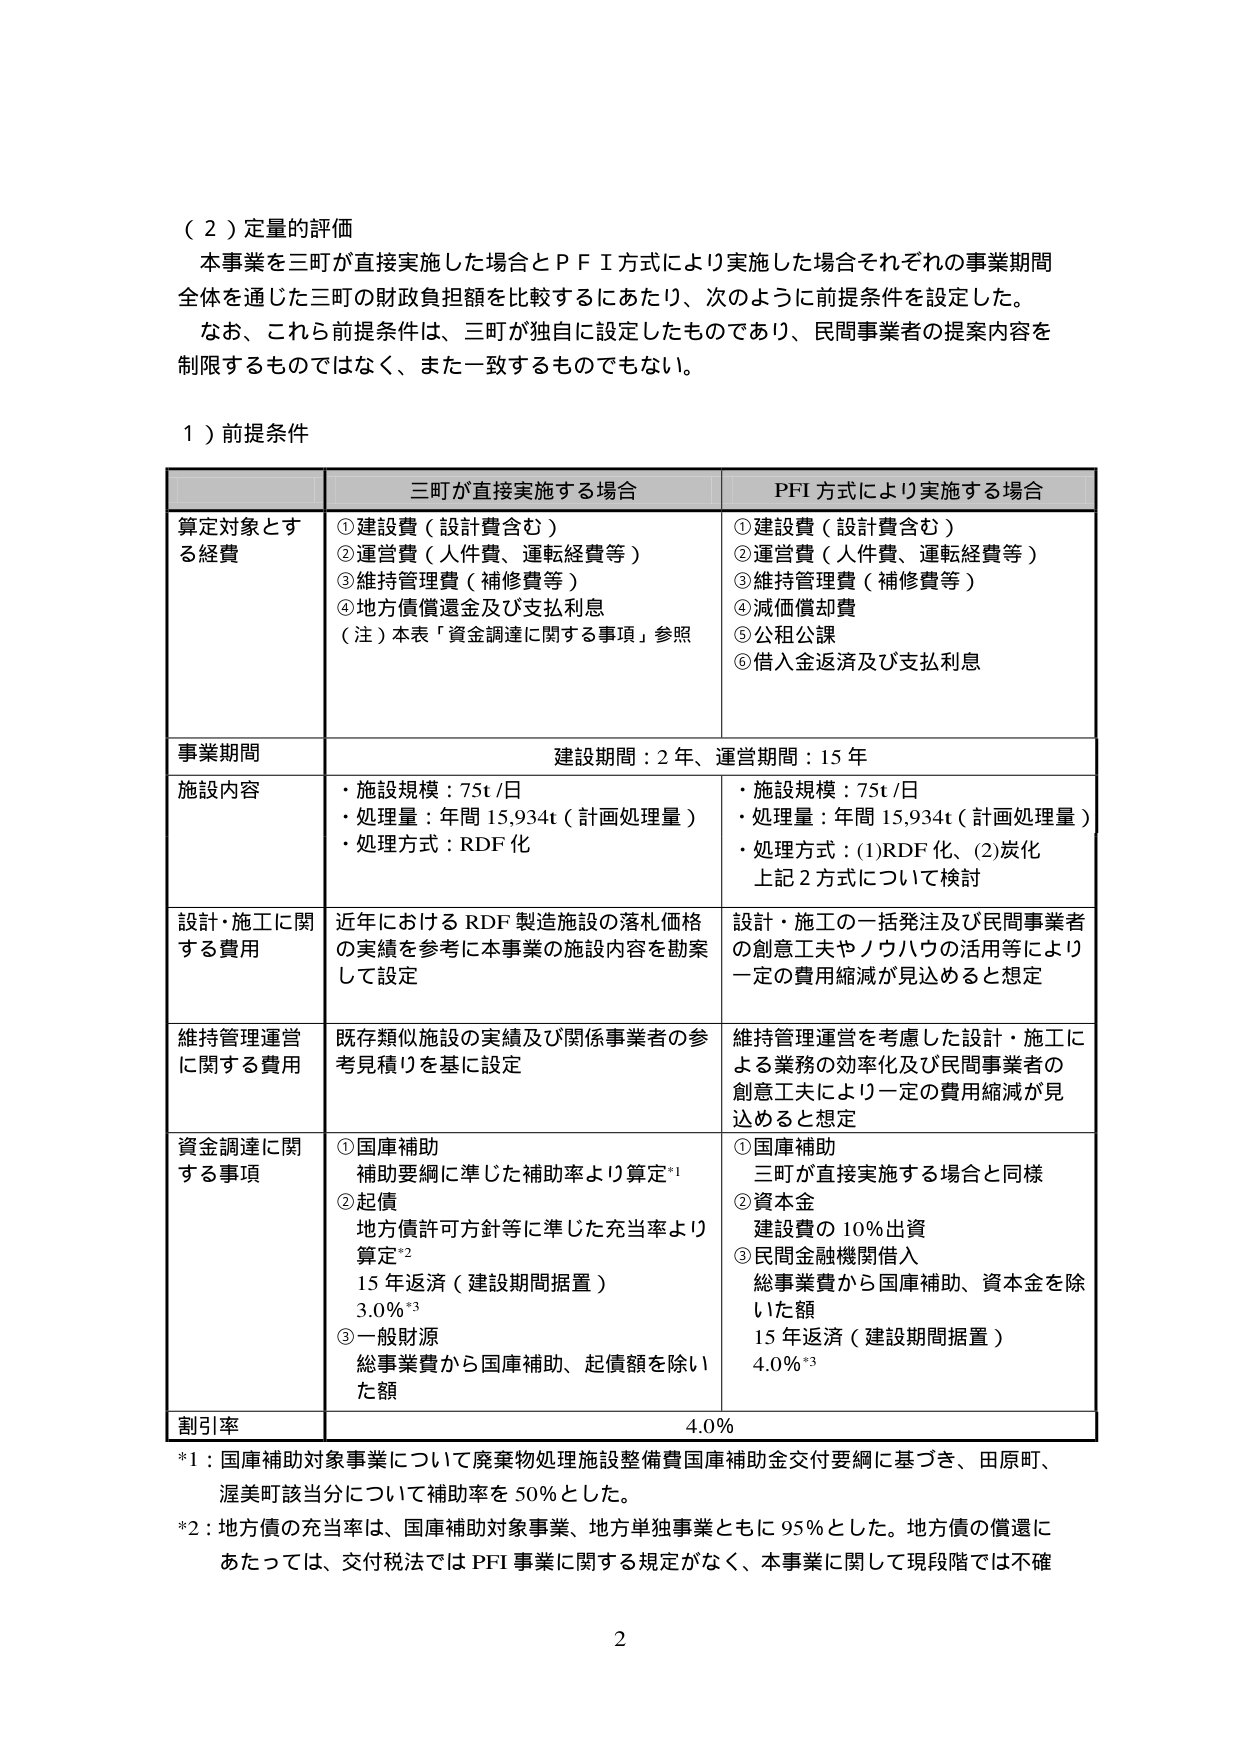
（２）定量的評価
本事業を三町が直接実施した場合とＰＦＩ方式により実施した場合それぞれの事業期間全体を通じた三町の財政負担額を比較するにあたり、次のように前提条件を設定した。
なお、これら前提条件は、三町が独自に設定したものであり、民間事業者の提案内容を制限するものではなく、また一致するものでもない。

１）前提条件

| | 三町が直接実施する場合 | PFI方式により実施する場合 |
|---|---|---|
| 算定対象とする経費 | ①建設費（設計費含む）<br>②運営費（人件費、運転経費等）<br>③維持管理費（補修費等）<br>④地方債償還金及び支払利息<br>（注）本表「資金調達に関する事項」参照 | ①建設費（設計費含む）<br>②運営費（人件費、運転経費等）<br>③維持管理費（補修費等）<br>④減価償却費<br>⑤公租公課<br>⑥借入金返済及び支払利息 |
| 事業期間 | 建設期間：2年、運営期間：15年 | |
| 施設内容 | ・施設規模：75t/日<br>・処理量：年間15,934t（計画処理量）<br>・処理方式：RDF化 | ・施設規模：75t/日<br>・処理量：年間15,934t（計画処理量）<br>・処理方式：(1)RDF化、(2)炭化<br>上記2方式について検討 |
| 設計・施工に関する費用 | 近年におけるRDF製造施設の落札価格の実績を参考に本事業の施設内容を勘案して設定 | 設計・施工の一括発注及び民間事業者の創意工夫やノウハウの活用等により一定の費用縮減が見込めると想定 |
| 維持管理運営に関する費用 | 既存類似施設の実績及び関係事業者の参考見積りを基に設定 | 維持管理運営を考慮した設計・施工による業務の効率化及び民間事業者の創意工夫により一定の費用縮減が見込めると想定 |
| 資金調達に関する事項 | ①国庫補助<br>補助要綱に準じた補助率より算定*1<br>②起債<br>地方債許可方針等に準じた充当率より算定*2<br>15年返済（建設期間据置）<br>3.0%*3<br>③一般財源<br>総事業費から国庫補助、起債額を除いた額 | ①国庫補助<br>三町が直接実施する場合と同様<br>②資本金<br>建設費の10%出資<br>③民間金融機関借入<br>総事業費から国庫補助、資本金を除いた額<br>15年返済（建設期間据置）<br>4.0%*3 |
| 割引率 | | 4.0% |

*1：国庫補助対象事業について廃棄物処理施設整備費国庫補助金交付要綱に基づき、田原町、渥美町該当分について補助率を50%とした。
*2：地方債の充当率は、国庫補助対象事業、地方単独事業ともに95%とした。地方債の償還にあたっては、交付税法ではPFI事業に関する規定がなく、本事業に関して現段階では不確

2